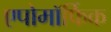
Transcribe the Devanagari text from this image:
एपोमॉर्फिक